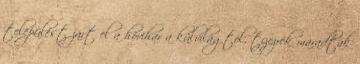
települést zárt el a hóvihar a külvilágtól, tízezrek maradtak